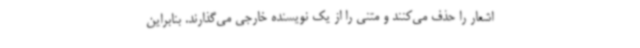
اشعار را حذف می‌کنند و متنی را از یک نویسنده خارجی می‌گذارند. بنابراین